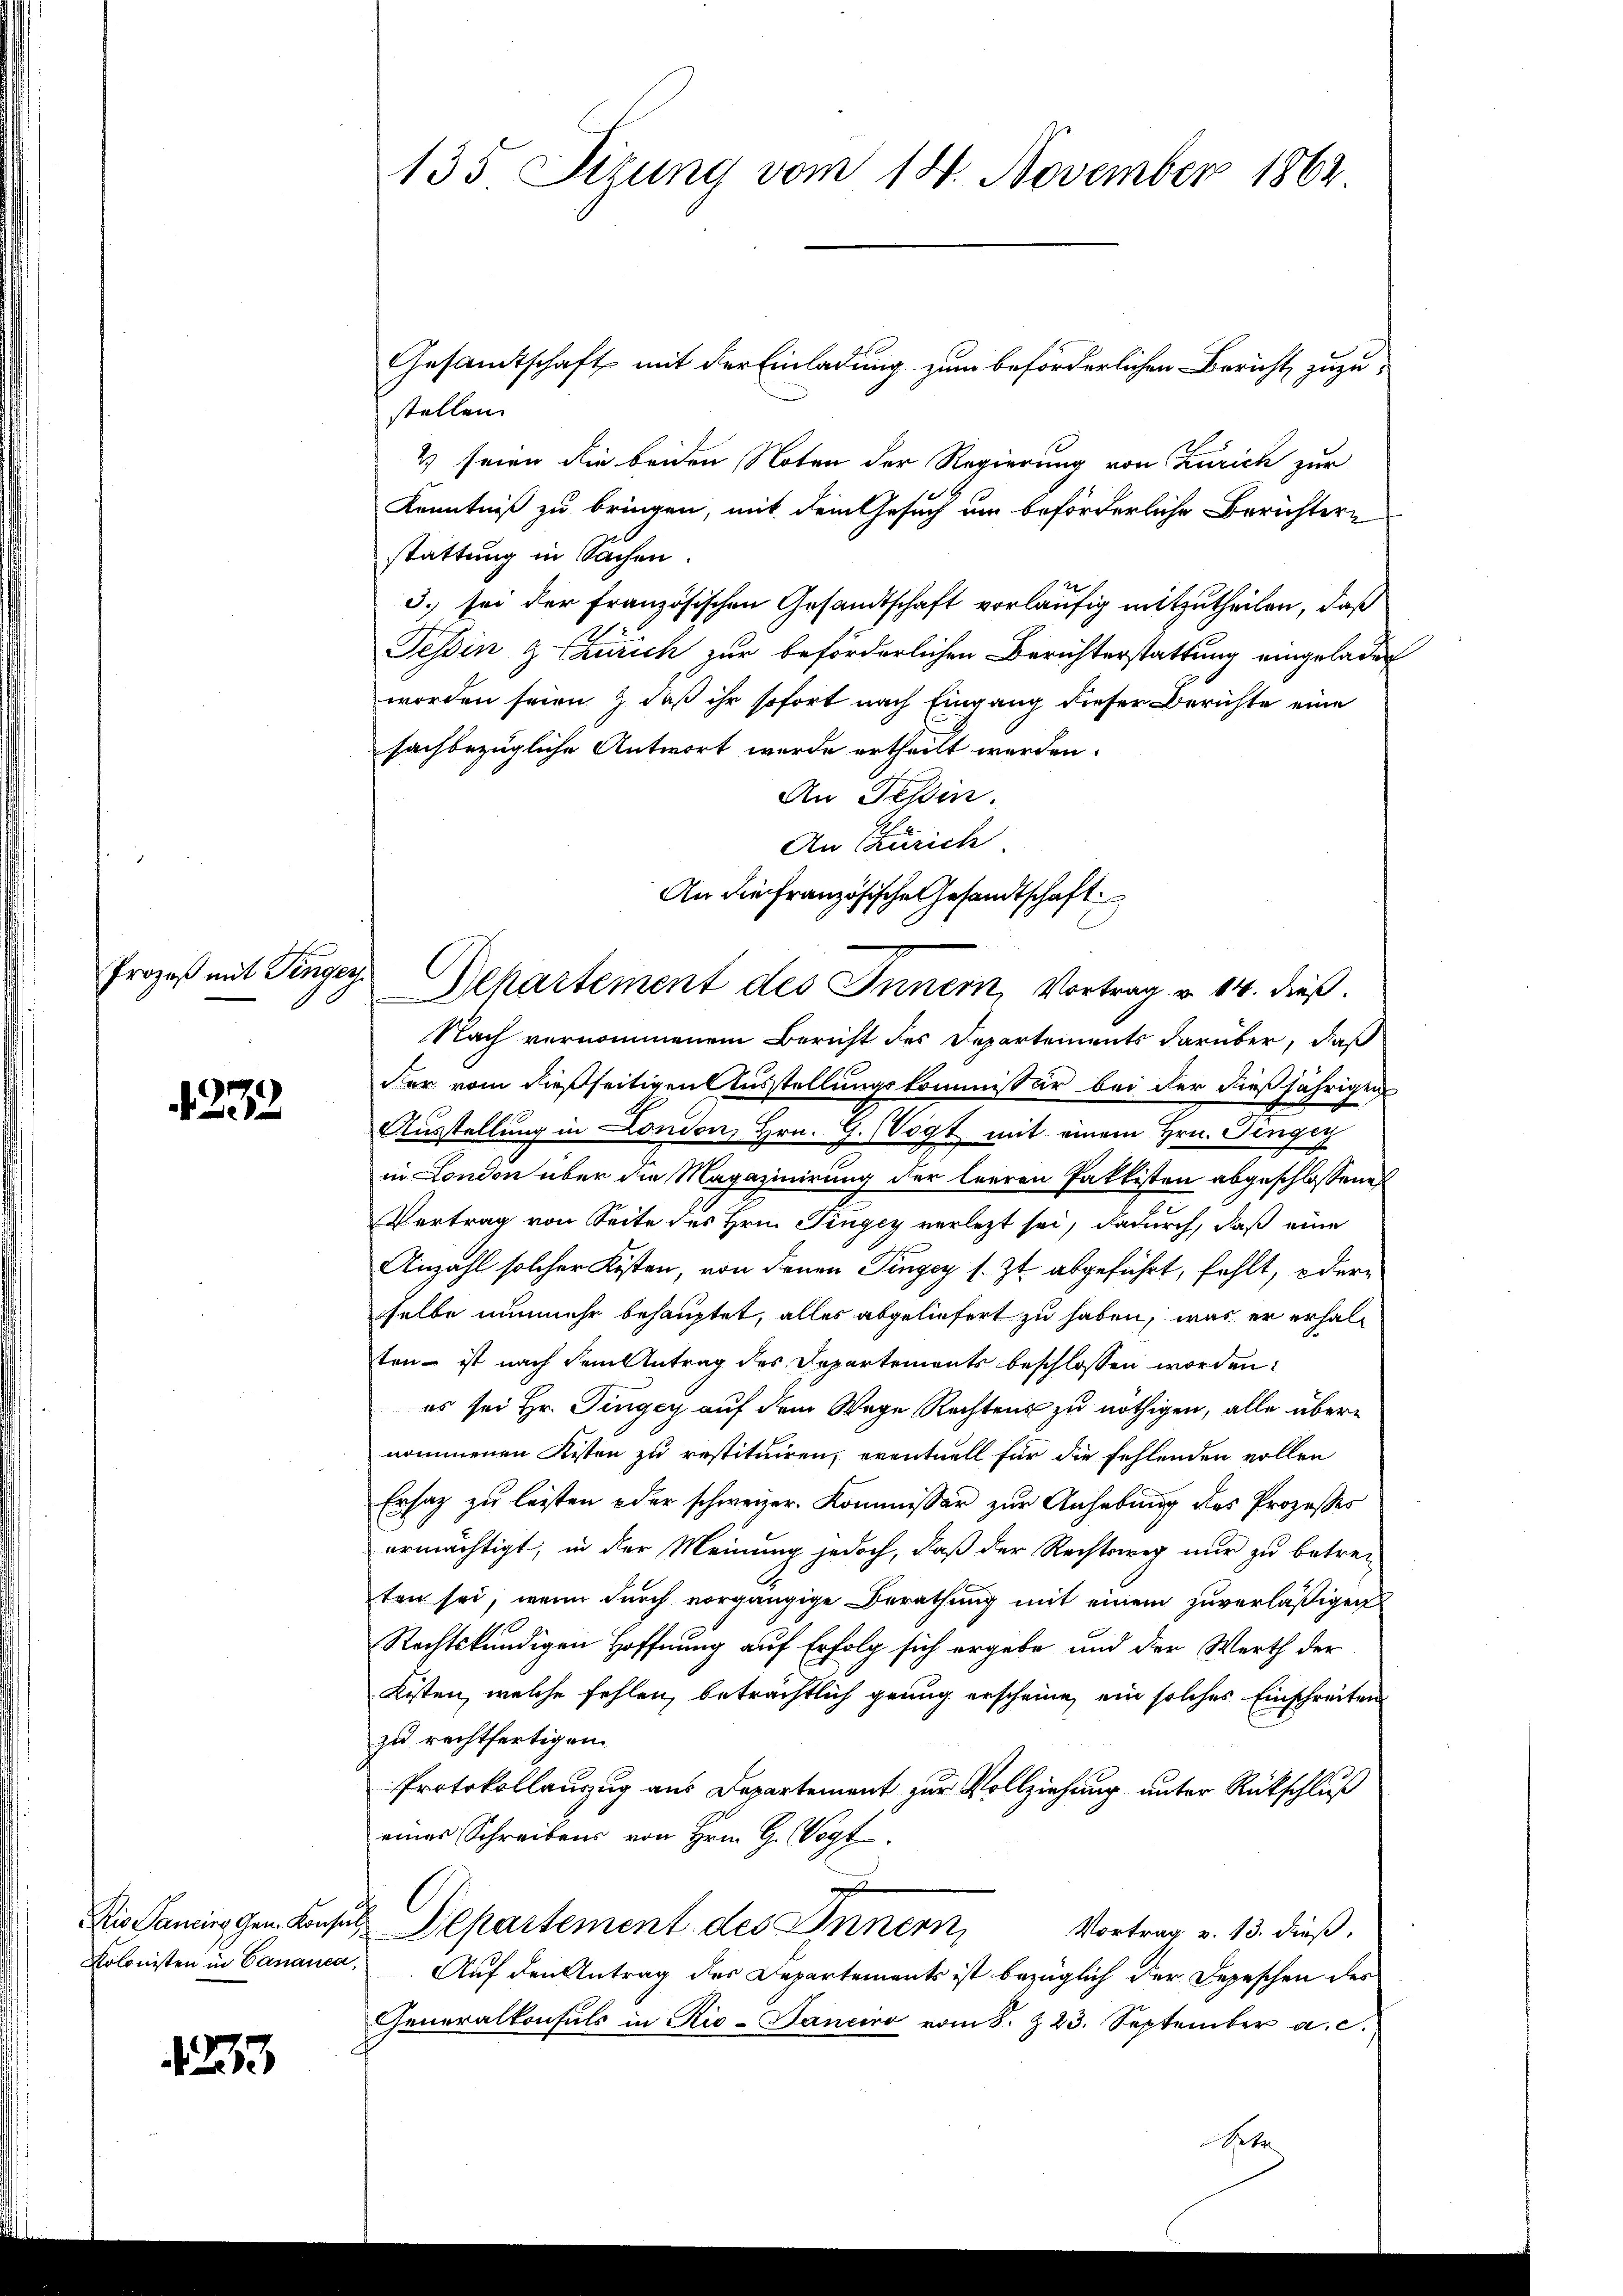
Prozeß mit Pinger

1232

Rio Sancirg Gen. Konsul,
Kolonisten in Bananca,

253

135 Sizung vom 14. November 1862

Gesamtschaft mit der Einladung zum beförderlichen Bericht, zuzustellen.
2 seien die beiden Noten der Regierung von Zürich zur
Kenntniß zu bringen, mit dem Gesuch um beförderliche Berichtern
stattung in Sachen.
3. sei der französischen Gesandtschaft vorläufig mitzutheilen, daß
Tessin & Zürich zur beförderlichen Berichterstattung eingeladen
worden seien & daß ihr sofort nach Eingang dieser Berichte eine
sachbezügliche Antwort wurde ertheilt werden.
An Tessin.
Nach vernommenem Bericht des Departements darüber, daß
der vom dießseitigen Ausstellungskommissär bei der dießjährigen
Ausstellung in London, Hrn. G. Vogt mit einem Hrn. Fingeg
in London über die Magazinirung der leeren Pallisten abgeschlossenen
Vertrag von Seite des Hrn. Finger verletzt sei, dadurch, daß eine
Anzahl solcher Kisten, von denen Singeg s. Zt. abgeführt, fehlt, oderselbe nunmehr behauptet, alles abgeliefert zu haben, was er erhalten – ist nach dem Antrag des Departements beschlossen worden:
es sei Hr. Finger auf dem Wege Rechtens zu nöthigen, alle übernommenen Kisten zu restituiren, eventuell für die fehlenden vollen
Ersatz zu leisten oder schweizer. Kommissär zur Anhebung des Prozesses
ermächtigt, in der Meinung jedoch, daß der Rechtsweg nur zu betreten sei, wenn durch vorgängige Berathung mit einem zuverläßigen
Rechtskundigen Hoffnung auf Erfolg sich ergebe und der Werth der
Kisten, welche fehlen, beträchtlich grung erscheine, ein solches Einschreiten
zu rechtfertigen.
Protokollauszug aus Departement zur Vollziehung unter Rückschluß
eines Schreibens von Hrn. G. Vogt.
 Departement des Innern,
Vortrag v. 13. dieß,
Auf den Antrag des Departements ist bezüglich der Depeschen der
Generalkonsuls in Rio-Sanciro vom 8. & 23. September a. c.

An Zürich.
An die Französische Gesandtschaft
Departement des Innern, Vortrag v. 14. dieß.